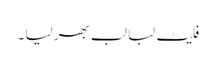
فلیٹ لبا لب بھر لیا ۔